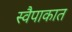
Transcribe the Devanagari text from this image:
स्वैपाकात